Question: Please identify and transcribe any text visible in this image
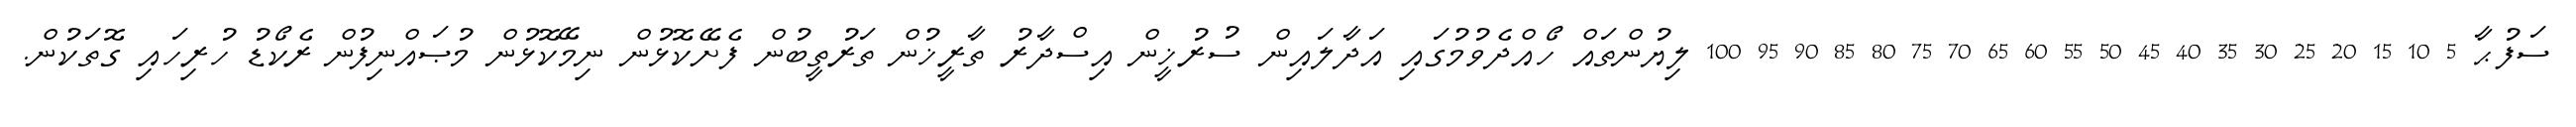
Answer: ސަފުޙާ 5 10 15 20 25 30 35 40 45 50 55 60 65 70 75 80 85 90 95 100 ލިޔުންތައް ހޯއްދެވުމުގައި އަދާލައިން ސުރުޚީން އިސްދާރު ތާރީޚުން ތަރުތީބުން ފެށޭކޮޅުން ނިމޭކޮޅުން މުޞައްނިފުން ރެކޯޑު ހުރިހައި ގޮތަކުން.